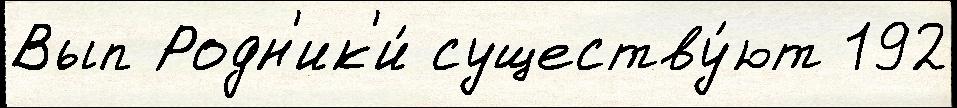
Вып Родн'ик'и́ существу́ют 192